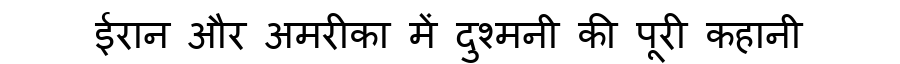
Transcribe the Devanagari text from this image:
ईरान और अमरीका में दुश्मनी की पूरी कहानी